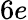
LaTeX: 6e